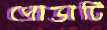
প্রোভার্টি